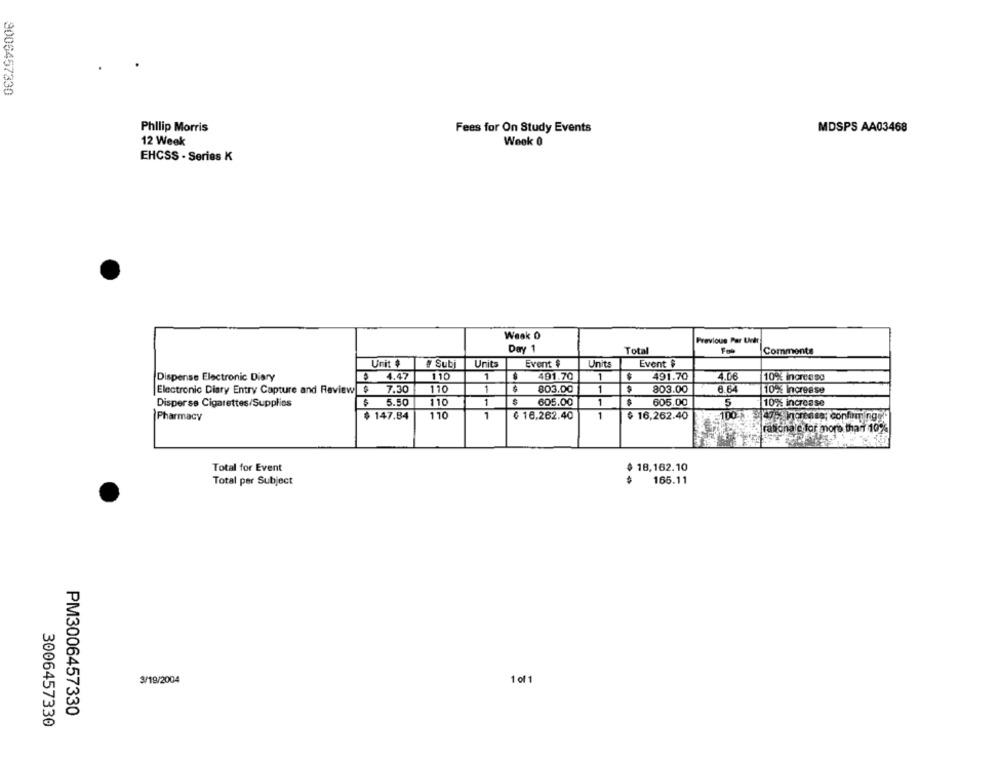
8006457330
Philip Morris
Fees for On Study Events
MDSPS AA03468
12 Week
Week 0
EHCSS - Series K
Weak O
Previous Par Unit
Day 1
Total
Comments
Unit $
# Subi
Units
Event $
Units
Event $
Dispense Electronic Diary
$ 4.47
110
1
$
491.70
1
491.70
4.06
10% increase
$ 7.30
110
1
803.00
1
803.00
6.64
Electronic Diary Entry Capture and Review
10% Increase
Disperse Cigarettes/Supplies
$
5.50
110
1
605.00
1
605.00
5
10% increase
Pharmacy
$ 147.84
110
1
€ 16,262.40
1
$ 16,262.40
100
Fils rationale for more than 10%
Total for Event
18,162.10
Total per Subject
165.11
3/19/2004
1 of 1
PM3006457330
3006457330